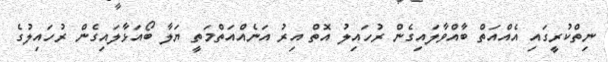
ނިތްކުރީގައި އެއްއަތް ބާއްވާލައިގެން ރުހައިލު އޮތް އިރު އަނެއްއަތްމަތީ ޔަލާ ބޯއަޅާލައިގެން ރުހައިލުގެ